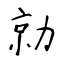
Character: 勍